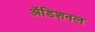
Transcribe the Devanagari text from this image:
अॅडिशनल